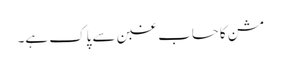
مشن کا حساب غبن سے پاک ہے۔